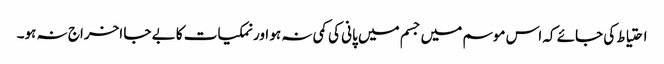
احتیاط کی جائے کہ اس موسم میں جسم میں پانی کی کمی نہ ہو اور نمکیات کا بے جا اخراج نہ ہو۔